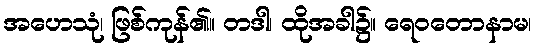
အဟေသုံ၊ ဖြစ်ကုန်၏။ တဒါ၊ ထိုအခါ၌။ ရေဝတောနာမ၊